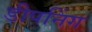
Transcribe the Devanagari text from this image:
डीपनिंग